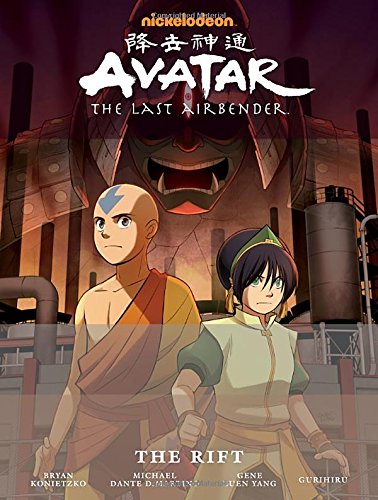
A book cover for Avatar: The Last Airbender - The Rift Library Edition; Gene Luen Yang; Comics & Graphic Novels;